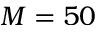
M = 5 0